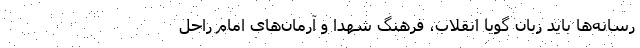
رسانه‌ها باید زبان گویا انقلاب، فرهنگ شهدا و آرمان‌های امام راحل